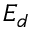
E _ { d }